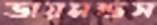
ডায়মন্ডস